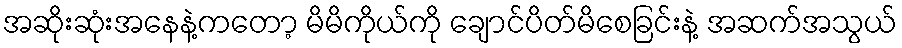
အဆိုးဆုံးအနေနဲ့ကတော့ မိမိကိုယ်ကို ချောင်ပိတ်မိစေခြင်းနဲ့ အဆက်အသွယ်